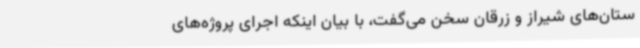
ستان‌های شیراز و زرقان سخن می‌گفت، با بیان اینکه اجرای پروژه‌های